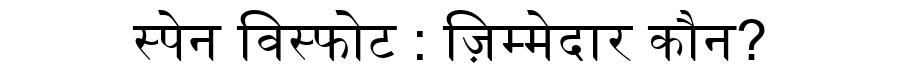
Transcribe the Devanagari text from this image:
स्पेन विस्फोट : ज़िम्मेदार कौन?